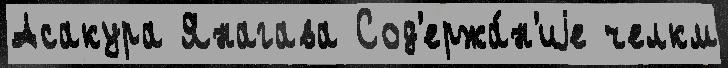
Асакура Янагава Сод'ержа́н'иjе челкм